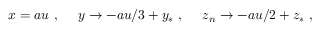
x = a u \ , \ \ \ \ y \rightarrow - a u / 3 + y _ { * } \ , \ \ \ \ z _ { n } \rightarrow - a u / 2 + z _ { * } \ ,